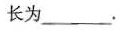
长为___.